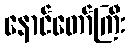
နောင်တော်ကြီး